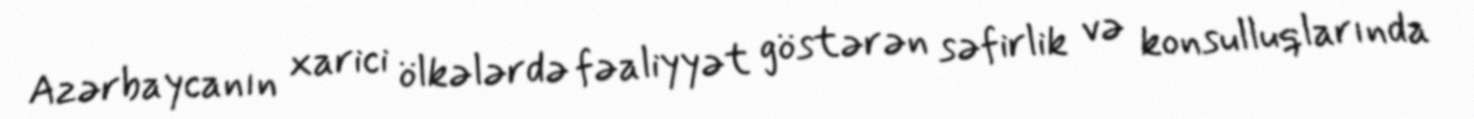
Azərbaycanın xarici ölkələrdə fəaliyyət göstərən səfirlik və konsulluqlarında